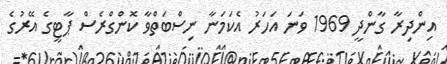
އިންދިރާ ގާންދީ 1969 ވަނަ އަހަރު އެކަމަނާ ނިސްބަތްވާ ކޮންގްރެސް ޕާޓީގެ އޭރުގެ